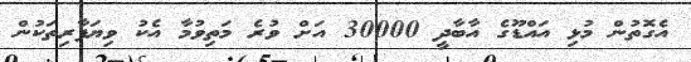
އެގޮތުން މުޅި އައްޑޫގެ އާބާދީ 30000 އަށް ވުރެ މަތިވުމާ އެކު ވިޔަފާރިތަކުން